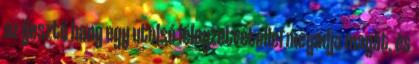
az ijesztő hang egy utolsó lélegzetvétellel megadja magát, és